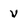
Character: v